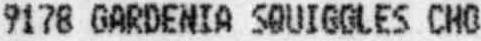
9178 GARDENIA SQUIGGLES CHO